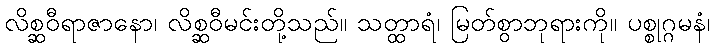
လိစ္ဆဝီရာဇာနော၊ လိစ္ဆဝီမင်းတို့သည်။ သတ္ထာရံ၊ မြတ်စွာဘုရားကို။ ပစ္စုဂ္ဂမနံ၊